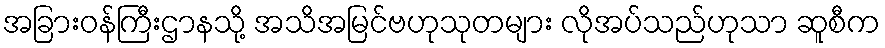
အခြားဝန်ကြီးဌာနသို့ အသိအမြင်ဗဟုသုတများ လိုအပ်သည်ဟုသာ ဆူစီက